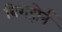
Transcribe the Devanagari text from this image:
बिगहोर्न